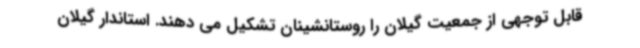
قابل توجهی از جمعیت گیلان را روستانشینان تشکیل می دهند. استاندار گیلان